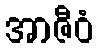
အာဇီဝံ